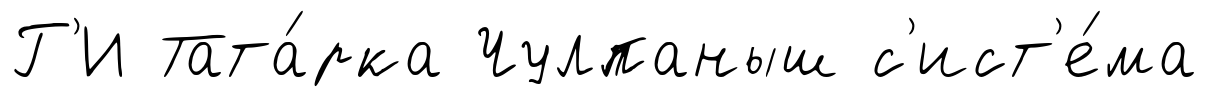
Г'И Тата́рка Чулпаныш с'ист'е́ма